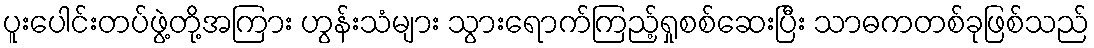
ပူးပေါင်းတပ်ဖွဲ့တို့အကြား ဟွန်းသံများ သွားရောက်ကြည့်ရှုစစ်ဆေးပြီး သာဓကတစ်ခုဖြစ်သည်